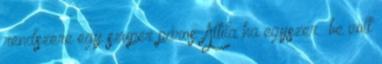
rendszere egy szuper páros. Attila ha egyszer „be volt